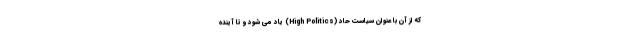
که از آن با عنوان سیاست حاد (High Politics) یاد می شود و تا آینده